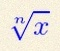
\sqrt[n]{x}